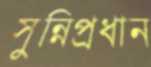
সুন্নিপ্রধান